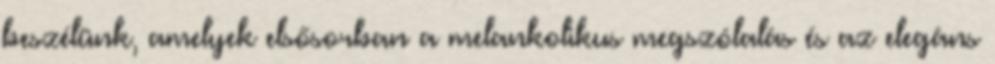
beszélünk, amelyek elsősorban a melankolikus megszólalás és az elegáns